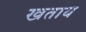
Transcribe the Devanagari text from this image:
खताय